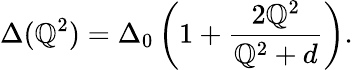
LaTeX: \Delta(\mathbb{Q}^{2})=\Delta_{0}\left(1+\frac{{2\mathbb{Q}^{2}}}{{\mathbb{Q}^{2}+d}}\right).